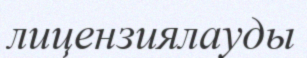
лицензиялауды